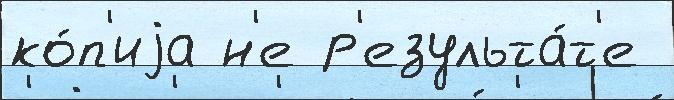
ко́п'иjа н'е р'езульта́т'е